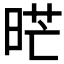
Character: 𭦇